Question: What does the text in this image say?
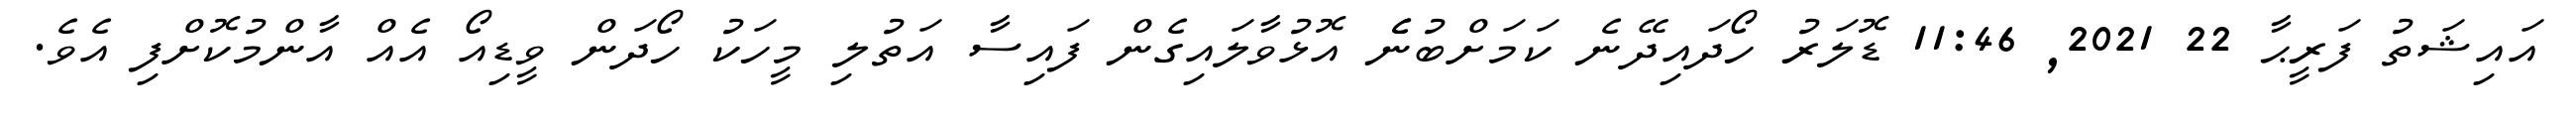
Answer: އައިޝަތު ފަރީޙާ 22 2021, 11:46 ޑޮލަރު ހޯދައިދޭނެ ކަމަށްބުނެެ އޮޅުވާލައިގެން ފައިސާ އަތުލި މީހަކު ހޯދަން ވީޑިއޯ އެއް އާންމުކޮށްފި އެވެ.